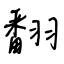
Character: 翻